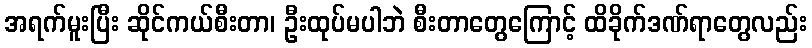
အရက်မူးပြီး ဆိုင်ကယ်စီးတာ၊ ဦးထုပ်မပါဘဲ စီးတာတွေကြောင့် ထိခိုက်ဒဏ်ရာတွေလည်း